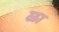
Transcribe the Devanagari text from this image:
ळा